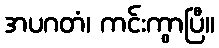
အပဂတံ၊ ကင်းကွာပြီ။